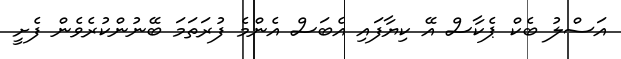
އަސްލު ބެކް ޕެކާސް އޭ ކިޔާފައި އެބަސް އެންމެ ފުރަތަމަ ބޭނުންކުރެވެން ފެށީ